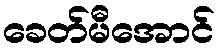
ခေတ်မီအောင်